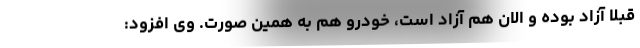
قبلا آزاد بوده و الان هم آزاد است، خودرو هم به همین صورت. وی افزود: